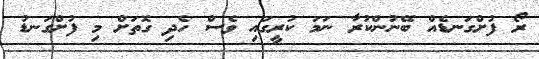
ރޯ ފުށްގަނޑެއް ބޭނުންކުރާ ނަމަ ކުރީގައި ވެސް ހެދި ގޮތަށް މި ފުށްގަނޑު